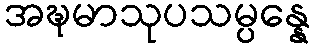
အဍ္ဎမာသုပသမ္ပန္နေ